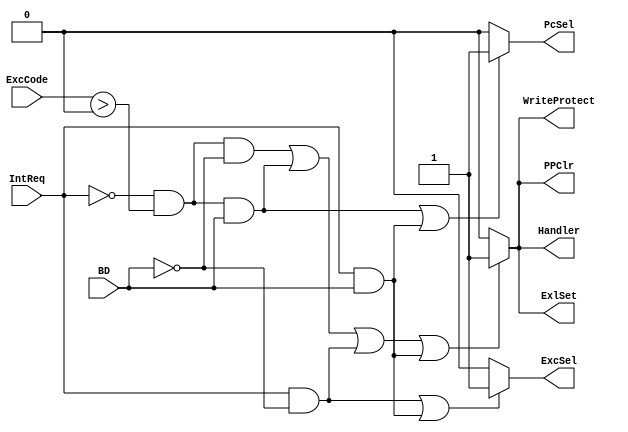
`timescale 1ns / 1ps
module ExcCTRL(IntReq,ExcCode,BD,
					ExlSet,PPClr,WriteProtect,Handler,
					ExcSel,PcSel);
	input IntReq;
	input [6:2] ExcCode;
	input BD;
	output ExlSet;
	output PPClr;
	output WriteProtect;
	output Handler;
	// /
	output ExcSel;
	output PcSel;
	
	// condition judge
	wire exc_non,exc_bd,int_non,int_bd,exc_int;
	assign exc_non = ~IntReq & (ExcCode>0) & ~BD;
	assign exc_bd  = ~IntReq & (ExcCode>0) & BD;
	assign int_non = IntReq & ~BD;
	assign int_bd  = IntReq & BD;
	assign exc_int = exc_non | exc_bd | int_non | int_bd;
	
	// output - general
	assign ExlSet = (exc_int)?1:0;
	assign PPClr = (exc_int)?1:0;
	assign WriteProtect = (exc_int)?1:0;
	assign Handler = (exc_int)?1:0;
	// output - special
	assign ExcSel = (int_non | int_bd)?1:0;
	assign PcSel = (exc_bd | int_bd)?1:0;

endmodule